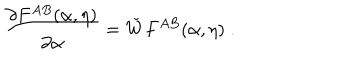
LaTeX: \frac { \partial F ^ { A B } ( \alpha , \eta ) } { \partial \alpha } = \check { W } F ^ { A B } ( \alpha , \eta ) \; .